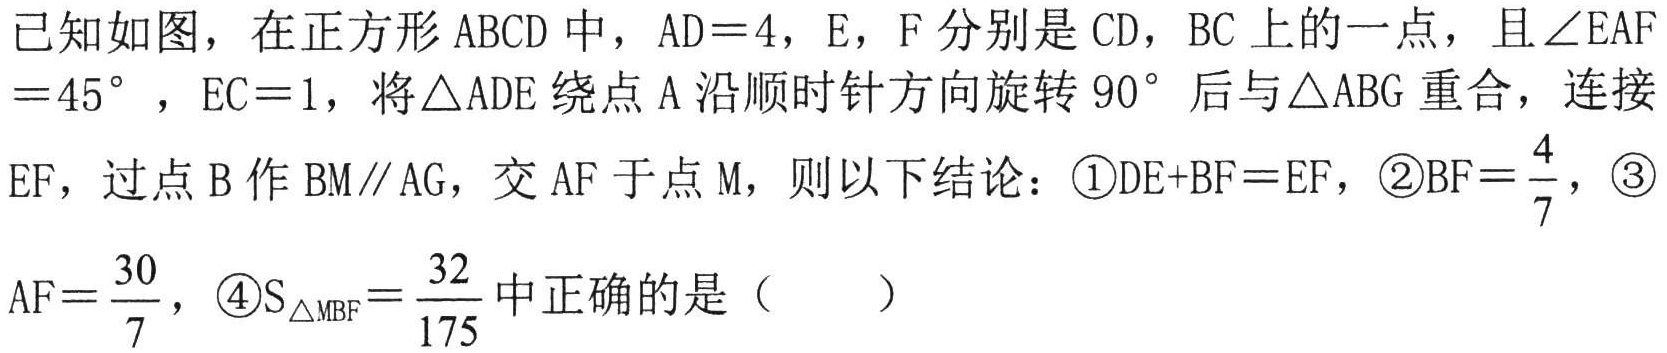
已知如图，在正方形\(ABCD\)中，\(AD = 4\)，\(E\)，\(F\)分别是\(CD\)，\(BC\)上的一点，且\(\angle EAF=45^{\circ}\)，\(EC = 1\)，将\(\triangle ADE\)绕点\(A\)沿顺时针方向旋转\(90^{\circ}\)后与\(\triangle ABG\)重合，连接\(EF\)，过点\(B\)作\(BM\parallel AG\)，交\(AF\)于点\(M\)，则以下结论：\textcircled{1}\(DE + BF=EF\)，\textcircled{2}\(BF=\frac{4}{7}\)，\textcircled{3}\(AF=\frac{30}{7}\)，\textcircled{4}\(S_{\triangle MBF}=\frac{32}{175}\)中正确的是（  ）